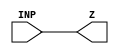
module NBUFFX4_1 (INP,Z);
	input INP;
	output Z;
assign Z = INP;
endmodule